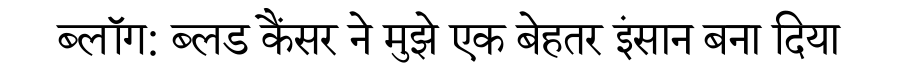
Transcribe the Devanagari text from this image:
ब्लॉग: ब्लड कैंसर ने मुझे एक बेहतर इंसान बना दिया